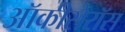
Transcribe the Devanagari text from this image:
ऑकीसेरॉस